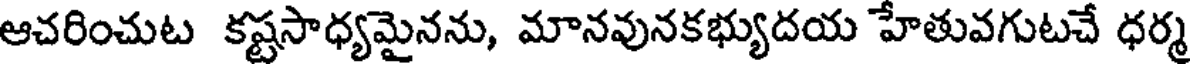
ఆచరించుట కష్టసాధ్యమైనను, మానవునకభ్యుదయ హేతువగుటచే ధర్మ